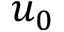
u _ { 0 }